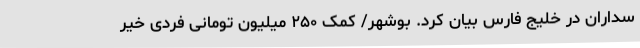
سداران در خلیج فارس بیان کرد. بوشهر/ کمک ۲۵۰ میلیون تومانی فردی خیر